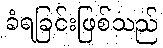
ခံရခြင်းဖြစ်သည်